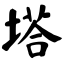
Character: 塔